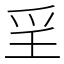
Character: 㸒